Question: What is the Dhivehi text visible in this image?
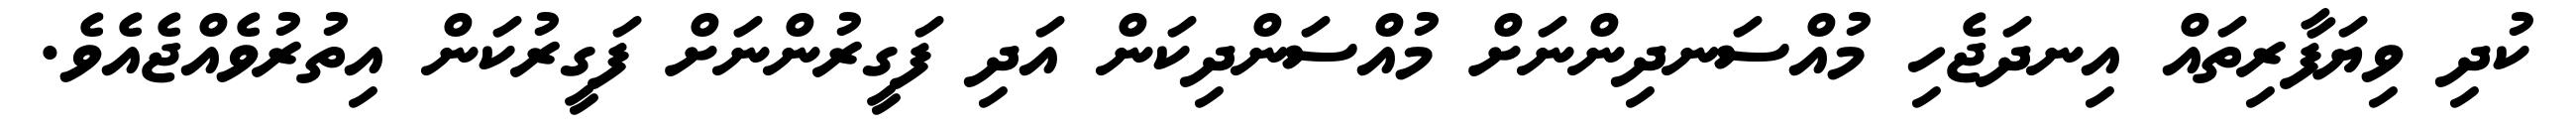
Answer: ކުދި ވިޔަފާރިތައް އިނދަޖެހި މުއްސަނދިންނަށް މުއްސަންދިކަން އަދި ފަގީރުންނަށް ފަގީރުކަން އިތުރުވެއްޖެއެވެ.